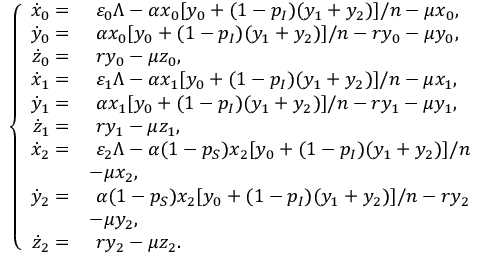
\left\{ \begin{array} { r l } { \dot { x } _ { 0 } = } & { ~ \varepsilon _ { 0 } \Lambda - \alpha x _ { 0 } [ y _ { 0 } + ( 1 - p _ { I } ) ( y _ { 1 } + y _ { 2 } ) ] / n - \mu x _ { 0 } , } \\ { \dot { y } _ { 0 } = } & { ~ \alpha x _ { 0 } [ y _ { 0 } + ( 1 - p _ { I } ) ( y _ { 1 } + y _ { 2 } ) ] / n - r y _ { 0 } - \mu y _ { 0 } , } \\ { \dot { z } _ { 0 } = } & { ~ r y _ { 0 } - \mu z _ { 0 } , } \\ { \dot { x } _ { 1 } = } & { ~ \varepsilon _ { 1 } \Lambda - \alpha x _ { 1 } [ y _ { 0 } + ( 1 - p _ { I } ) ( y _ { 1 } + y _ { 2 } ) ] / n - \mu x _ { 1 } , } \\ { \dot { y } _ { 1 } = } & { ~ \alpha x _ { 1 } [ y _ { 0 } + ( 1 - p _ { I } ) ( y _ { 1 } + y _ { 2 } ) ] / n - r y _ { 1 } - \mu y _ { 1 } , } \\ { \dot { z } _ { 1 } = } & { ~ r y _ { 1 } - \mu z _ { 1 } , } \\ { \dot { x } _ { 2 } = } & { ~ \varepsilon _ { 2 } \Lambda - \alpha ( 1 - p _ { S } ) x _ { 2 } [ y _ { 0 } + ( 1 - p _ { I } ) ( y _ { 1 } + y _ { 2 } ) ] / n } \\ & { - \mu x _ { 2 } , } \\ { \dot { y } _ { 2 } = } & { ~ \alpha ( 1 - p _ { S } ) x _ { 2 } [ y _ { 0 } + ( 1 - p _ { I } ) ( y _ { 1 } + y _ { 2 } ) ] / n - r y _ { 2 } } \\ & { - \mu y _ { 2 } , } \\ { \dot { z } _ { 2 } = } & { ~ r y _ { 2 } - \mu z _ { 2 } . } \end{array} \right.